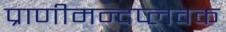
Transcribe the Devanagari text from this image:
प्राणीमन्दप्लवक